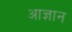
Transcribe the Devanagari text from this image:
आज्ञान